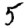
Digit: 5